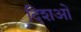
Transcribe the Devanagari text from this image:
दिशओ